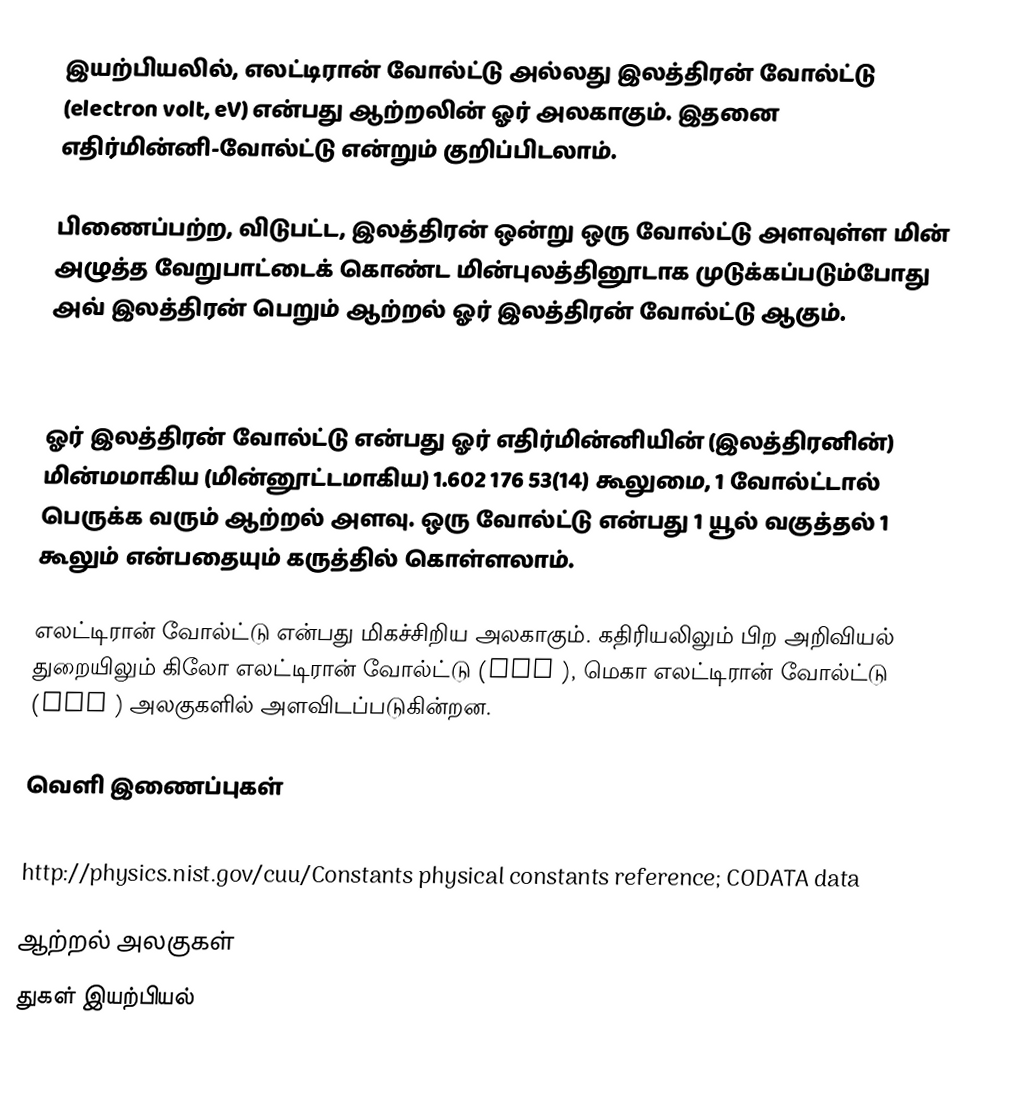
இயற்பியலில், எலட்டிரான் வோல்ட்டு அல்லது இலத்திரன் வோல்ட்டு (electron volt, eV) என்பது ஆற்றலின் ஓர் அலகாகும். இதனை எதிர்மின்னி-வோல்ட்டு என்றும் குறிப்பிடலாம்.

பிணைப்பற்ற, விடுபட்ட, இலத்திரன் ஒன்று ஒரு வோல்ட்டு அளவுள்ள மின் அழுத்த வேறுபாட்டைக் கொண்ட மின்புலத்தினூடாக முடுக்கப்படும்போது அவ் இலத்திரன் பெறும் ஆற்றல் ஓர் இலத்திரன் வோல்ட்டு ஆகும்.

 1 eV = 1.602 176 53 J

ஓர் இலத்திரன் வோல்ட்டு என்பது ஓர் எதிர்மின்னியின் (இலத்திரனின்) மின்மமாகிய (மின்னூட்டமாகிய) 1.602 176 53(14) கூலுமை, 1 வோல்ட்டால் பெருக்க வரும் ஆற்றல் அளவு. ஒரு வோல்ட்டு என்பது 1 யூல் வகுத்தல் 1 கூலும் என்பதையும் கருத்தில் கொள்ளலாம்.

எலட்டிரான் வோல்ட்டு என்பது மிகச்சிறிய அலகாகும். கதிரியலிலும் பிற அறிவியல் துறையிலும் கிலோ எலட்டிரான் வோல்ட்டு (KeV ), மெகா எலட்டிரான் வோல்ட்டு (MeV ) அலகுகளில் அளவிடப்படுகின்றன.

வெளி இணைப்புகள்
 BIPM's definition of the electronvolt
 http://physics.nist.gov/cuu/Constants physical constants reference; CODATA data

ஆற்றல் அலகுகள்
துகள் இயற்பியல்